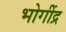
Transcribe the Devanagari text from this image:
भोगींद्र